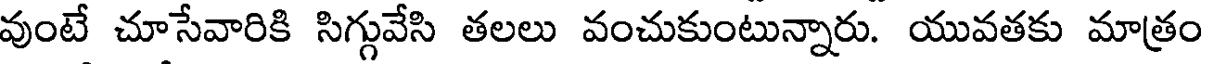
వుంటే చూసేవారికి సిగ్గువేసి తలలు వంచుకుంటున్నారు. యువతకు మాత్రం